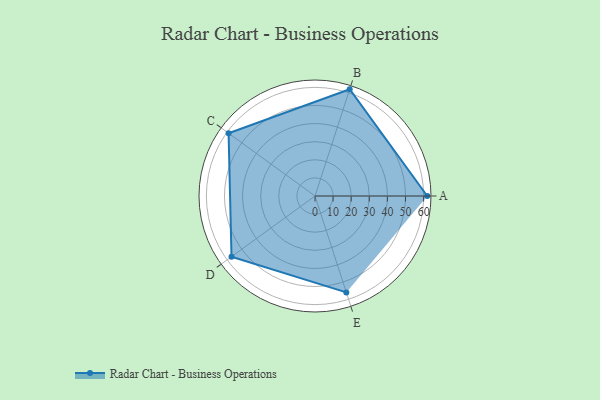
{"axis": {"x": "Skill", "y": "Score"}, "legend": ["Profile"], "data": [{"x": "A", "y": 62.0, "type": "Profile"}, {"x": "B", "y": 62.0, "type": "Profile"}, {"x": "C", "y": 59.0, "type": "Profile"}, {"x": "D", "y": 57.0, "type": "Profile"}, {"x": "E", "y": 56.0, "type": "Profile"}]}